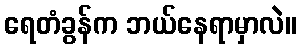
ရေတံခွန်က ဘယ်နေရာမှာလဲ။